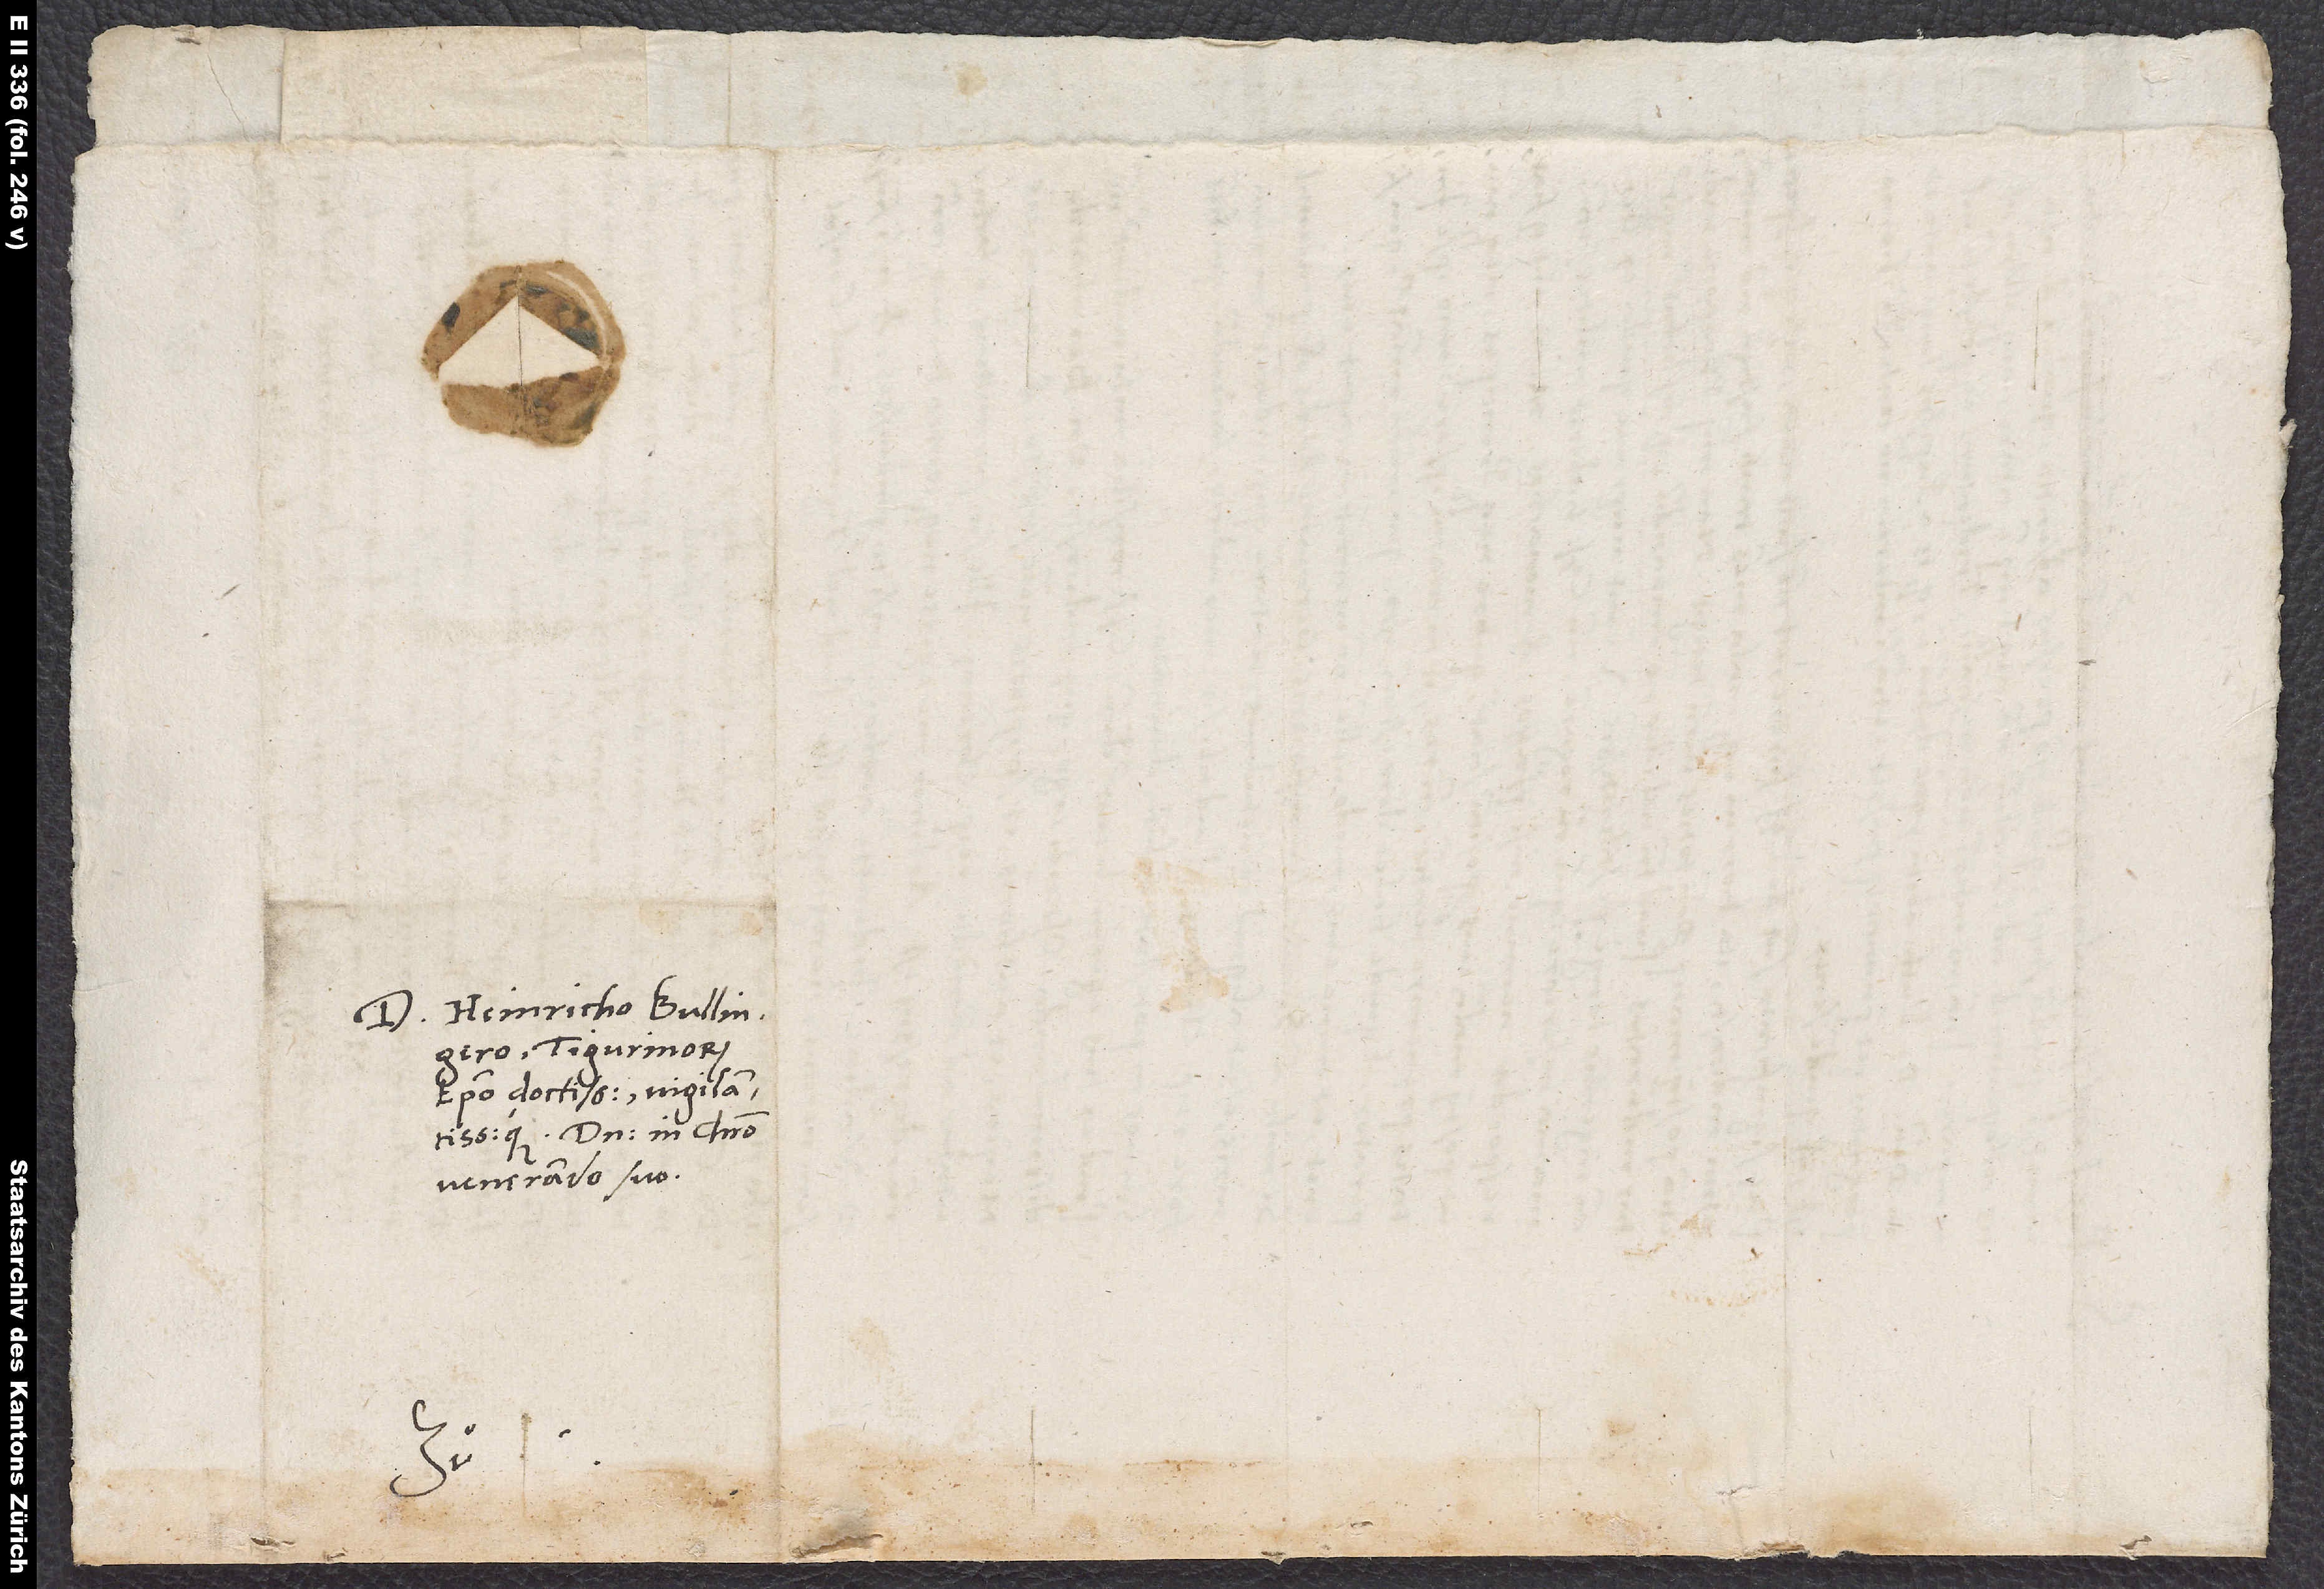
D. Heinricho Bullingero,
Tigurinorum
domino in Christo
venerando suo.